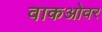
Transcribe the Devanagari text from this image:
वाकओवर